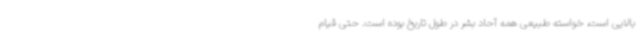
بالایی است، خواسته طبیعی همه آحاد بشر در طول تاریخ بوده است. حتی قیام